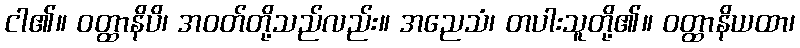
ငါ၏။ ဝတ္ထာနိပိ၊ အဝတ်တို့သည်လည်း။ အညေသံ၊ တပါးသူတို့၏။ ဝတ္ထာနိယထာ၊